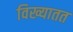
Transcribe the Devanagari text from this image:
विख्यातत